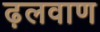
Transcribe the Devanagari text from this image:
ढ़लवाण